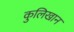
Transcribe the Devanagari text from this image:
कुलिखान